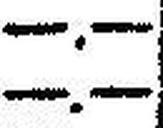
—.—